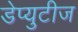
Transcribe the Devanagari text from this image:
डेप्युटीज